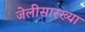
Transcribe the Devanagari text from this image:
जेलीसारख्या